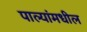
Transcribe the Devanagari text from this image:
पाल्यांमधील